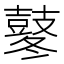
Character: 鼕